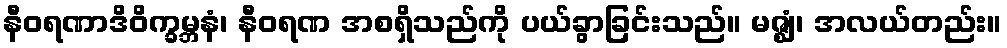
နီဝရဏာဒိဝိက္ခမ္ဘနံ၊ နီဝရဏ အစရှိသည်ကို ပယ်ခွာခြင်းသည်။ မဇ္ဈံ၊ အလယ်တည်း။